Indian journal of veterinary science and animal husbandry - Volumes 18-21, 1948-1951
Year: 1948
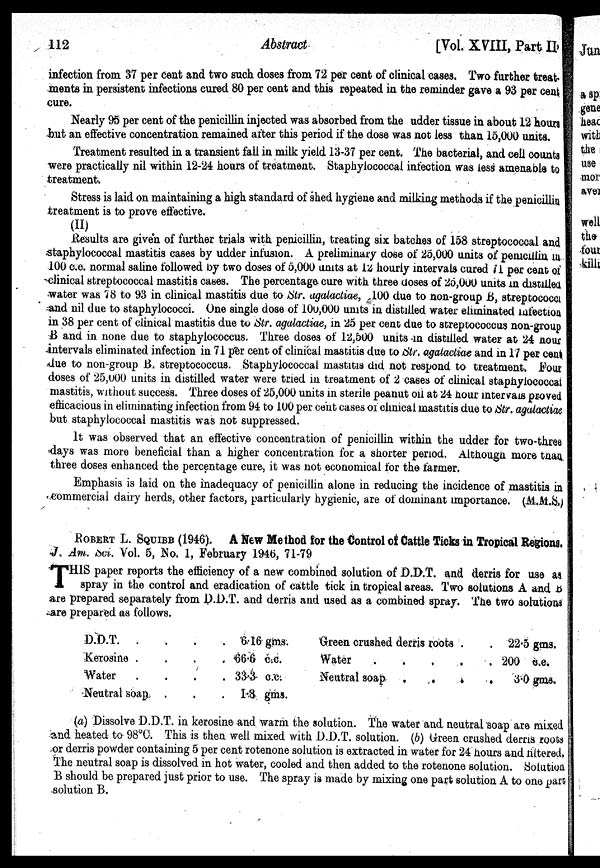
112
Abstract
[Vol XVIII, Part II
infection from 37 per cent and two such doses from 72 per cent of clinical cases. Two further treat
ments in persistent infections cured 80 per cent and this repeated in the reminder gave a 93 per cent
cure.
Nearly 95 per cent of the penicillin injected was absorbed from the udder tissue in about 12 hours
but an effective concentration remained after this period if the dose was not less than 15,000 units.
Treatment resulted in a transient fall in milk yield 13-37 per cent. The bacterial, and cell counts
were practically nil within 12-24 hours of treatment. Staphylococcal infection was less amenable to
treatment.
Stress is laid on maintaining a high standard of shed hygiene and milking methods if the penicillin
treatment is to prove effective.
(II)
Results are given of further trials with penicillin, treating six batches of 158 streptococcal and
staphylococcal mastitis cases by udder infusion. A preliminary dose of 25,000 units of penicillin
100 c.c. normal saline followed by two doses of 5,000 units at 12 hourly intervals cured 71 per cent of
clinical streptococcal mastitis cases. The percentage cure with three doses of 25,000 units in distilled
water was 78 to 93 in clinical mastitis due to Str. agalactiae, 100 due to non-group B, streptococci
and nil due to staphylococci. One single dose of 100,000 units in distilled water eliminated infection
in 38 per cent of clinical mastitis due to Str. agalactiae, in 25 per cent due to streptococcus non-group
B and in none due to staphylococcus. Three doses of 12,500 units in distilled water at 24 hour
intervals eliminated infection in 71 per cent of clinical mastitis due to Str. agalactiae and in 17 per cent
due to non-group B. streptococcus. Staphylococcal mastitis did not respond to treatment. Four
doses of 25,000 units in distilled water were tried in treatment of 2 cases of clinical staphylococcal
mastitis, without success. Three doses of 25,000 units in sterile peanut oil at 24 hour intervals proved
efficacious in eliminating infection from 94 to 100 per cent cases of clinical mastitis due to Str. agalactiae
but staphylococcal mastitis was not suppressed.
It was observed that an effective concentration of penicillin within the udder for two-three
days was more beneficial than a higher concentration for a shorter period. Although more than
three doses enhanced the percentage cure, it was not economical for the farmer.
Emphasis is laid on the inadequacy of penicillin alone in reducing the incidence of mastitis in
commercial dairy herds, other factors, particularly hygienic, are of dominant importance. (M.M.S.)
ROBERT L. SQUIBB (1946). A New Method for the Control of Cattle Ticks in Tropical Regions.
J. Am. Sci. Vol. 5, No. 1, February 1946, 71-79
T HIS paper reports the efficiency of a new combined solution of D.D.T. and derris for use as
spray in the control and eradication of cattle tick in tropical areas. Two solutions A and B
are prepared separately from D.D.T. and derris and used as a combined spray. The two solutions
are prepared as follows.
D.D.T.
.
.
.
.
Kerosine
.
.
.
.
Water
.
.
.
.
Neutral soap . . . .
6.16 gms.
66.6 c.c.
33.3 c.c.
1.8 gms.
Green crushed derris roots . .
Water
.
.
.
.
Neutral soap
.
.
.
.
22.5 gms.
200 c.c.
3.0 gms.
(a) Dissolve D.D.T. in kerosine and warm the solution. The water and neutral soap are mixed
and heated to 98ºC. This is then well mixed with D.D.T. solution. (b) Green crushed derris roots
or derris powder containing 5 per cent rotenone solution is extracted in water for 24 hours and filtered,
The neutral soap is dissolved in hot water, cooled and then added to the rotenone solution. Solution
B should be prepared just prior to use. The spray is made by mixing one part solution A to one part
solution B.